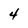
Character: 4